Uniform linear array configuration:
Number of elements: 4
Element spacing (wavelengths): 0.25
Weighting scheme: kaiser
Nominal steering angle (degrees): -60
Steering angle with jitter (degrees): -58.053
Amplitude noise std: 0.05
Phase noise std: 0.05

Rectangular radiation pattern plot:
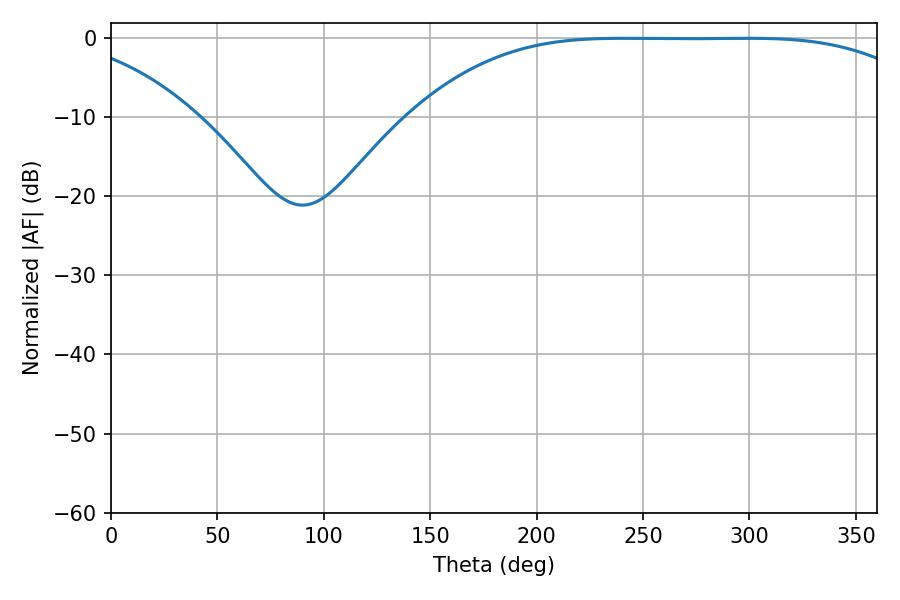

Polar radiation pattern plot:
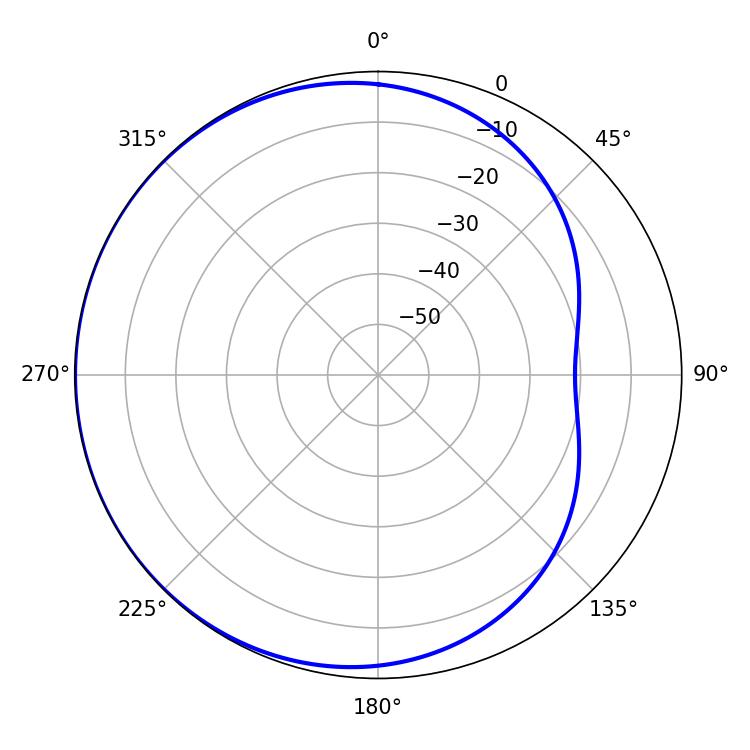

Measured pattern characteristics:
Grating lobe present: FALSE
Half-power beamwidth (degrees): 184.14
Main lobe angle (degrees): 240.84